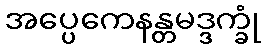
အပ္ပေကေနန္တမဒ္ဒက္ခုံ